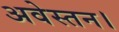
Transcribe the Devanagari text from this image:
अवेस्तन।